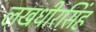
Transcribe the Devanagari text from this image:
लखधीरसिंह